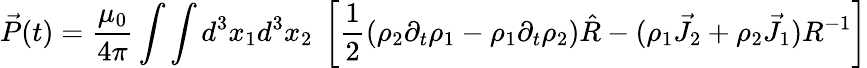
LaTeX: \vec{P}(t)=\frac{\mu_{0}}{4\pi}\int\int d^{3}x_{1}d^{3}x_{2}~\left[\frac{1}{2}\left(\rho_{2}\partial_{t}\rho_{1}-\rho_{1}\partial_{t}\rho_{2}\right)\hat{R}-(\rho_{1}\vec{J}_{2}+\rho_{2}\vec{J}_{1})R^{-1}\right]